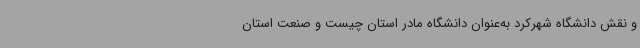
و نقش دانشگاه شهرکرد به‌عنوان دانشگاه مادر استان چیست و صنعت استان